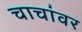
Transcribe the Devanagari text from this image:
चाचांवर